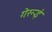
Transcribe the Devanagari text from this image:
गेरूई